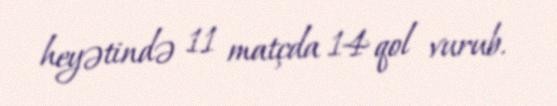
heyətində 11 matçda 14 qol vurub.